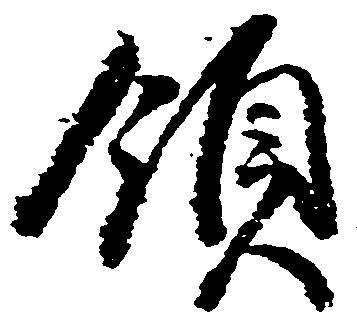
領